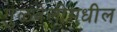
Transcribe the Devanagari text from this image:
गुळवेलीमधील